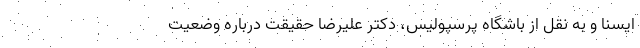
ایسنا و به نقل از باشگاه پرسپولیس، دکتر علیرضا حقیقت درباره وضعیت